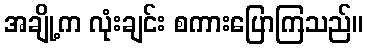
အချို့က လုံးချင်း စကားပြောကြသည်။